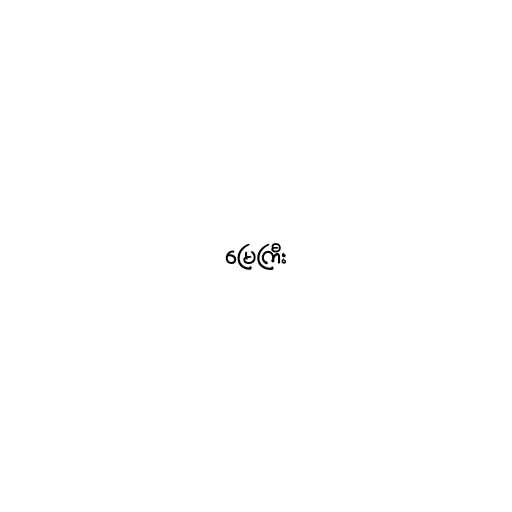
မြေကြီး